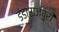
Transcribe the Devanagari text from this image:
डंडाराजपुरी